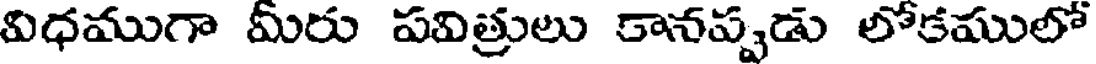
విధముగా మీరు పవిత్రులు కానప్పుడు లోకములో